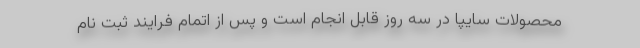
محصولات سایپا در سه روز قابل انجام است و پس از اتمام فرایند ثبت نام